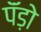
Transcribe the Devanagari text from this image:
पॅंड़ो